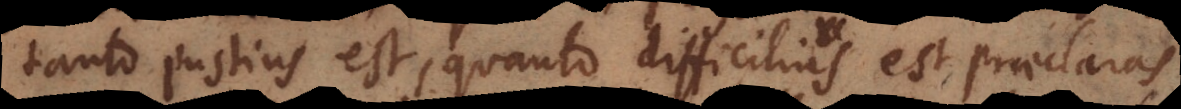
tanto justius est, quanto difficilius est praeclaras